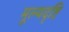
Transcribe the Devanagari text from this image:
मूल्यदृष्टि